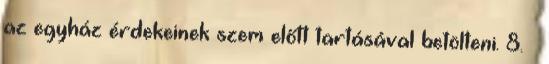
az egyház érdekeinek szem előtt tartásával betölteni. 8. §